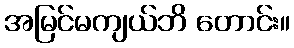
အမြင်မကျယ်ဘိ တောင်း။